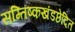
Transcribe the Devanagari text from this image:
सम्तिष्कखंडछेदित